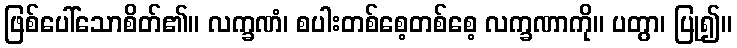
ဖြစ်ပေါ်သောစိတ်၏။ လက္ခဏံ၊ စပါးတစ်စေ့တစ်စေ့ လက္ခဏာကို။ ပတွာ၊ ပြု၍။